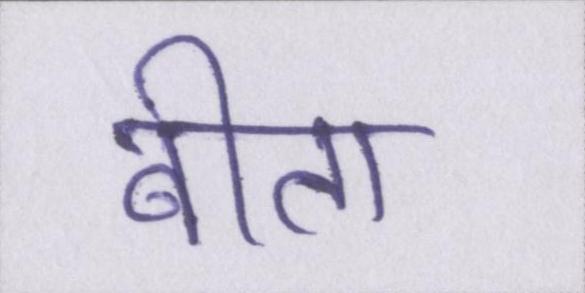
बीता